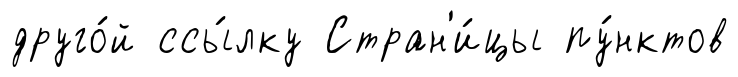
друго́й ссы́лку Стран'и́цы пу́нктов